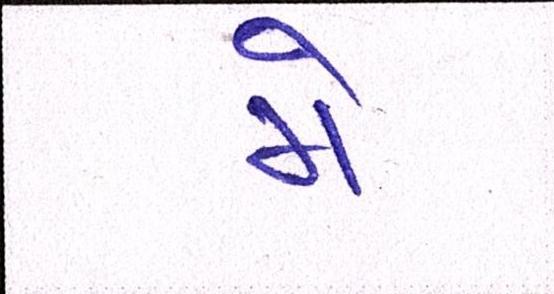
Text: મે